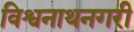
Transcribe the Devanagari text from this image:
विश्वनाथनगरी